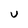
Character: U